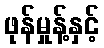
ဖုန်မှုန့်နှင့်